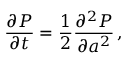
\frac { \partial P } { \partial t } = \frac { 1 } { 2 } \frac { \partial ^ { 2 } P } { \partial a ^ { 2 } } \, ,